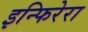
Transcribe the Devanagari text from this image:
इन्फिरेरा